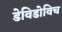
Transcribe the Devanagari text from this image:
डेविडोविच